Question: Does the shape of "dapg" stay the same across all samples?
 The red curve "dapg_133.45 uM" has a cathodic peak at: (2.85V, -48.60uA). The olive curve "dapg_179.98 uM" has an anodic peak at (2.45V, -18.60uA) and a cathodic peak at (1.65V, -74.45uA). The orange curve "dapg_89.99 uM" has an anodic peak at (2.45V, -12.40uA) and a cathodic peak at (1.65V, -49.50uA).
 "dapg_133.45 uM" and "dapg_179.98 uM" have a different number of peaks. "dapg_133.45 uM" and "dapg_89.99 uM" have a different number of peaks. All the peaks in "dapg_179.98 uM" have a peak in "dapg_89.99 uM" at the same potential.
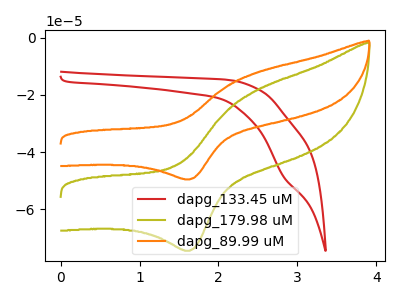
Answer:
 <answer>All the CV's of "dapg" have similar shape.</answer>
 <eval>follow_rule</eval>